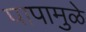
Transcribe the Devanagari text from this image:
पापामुळे